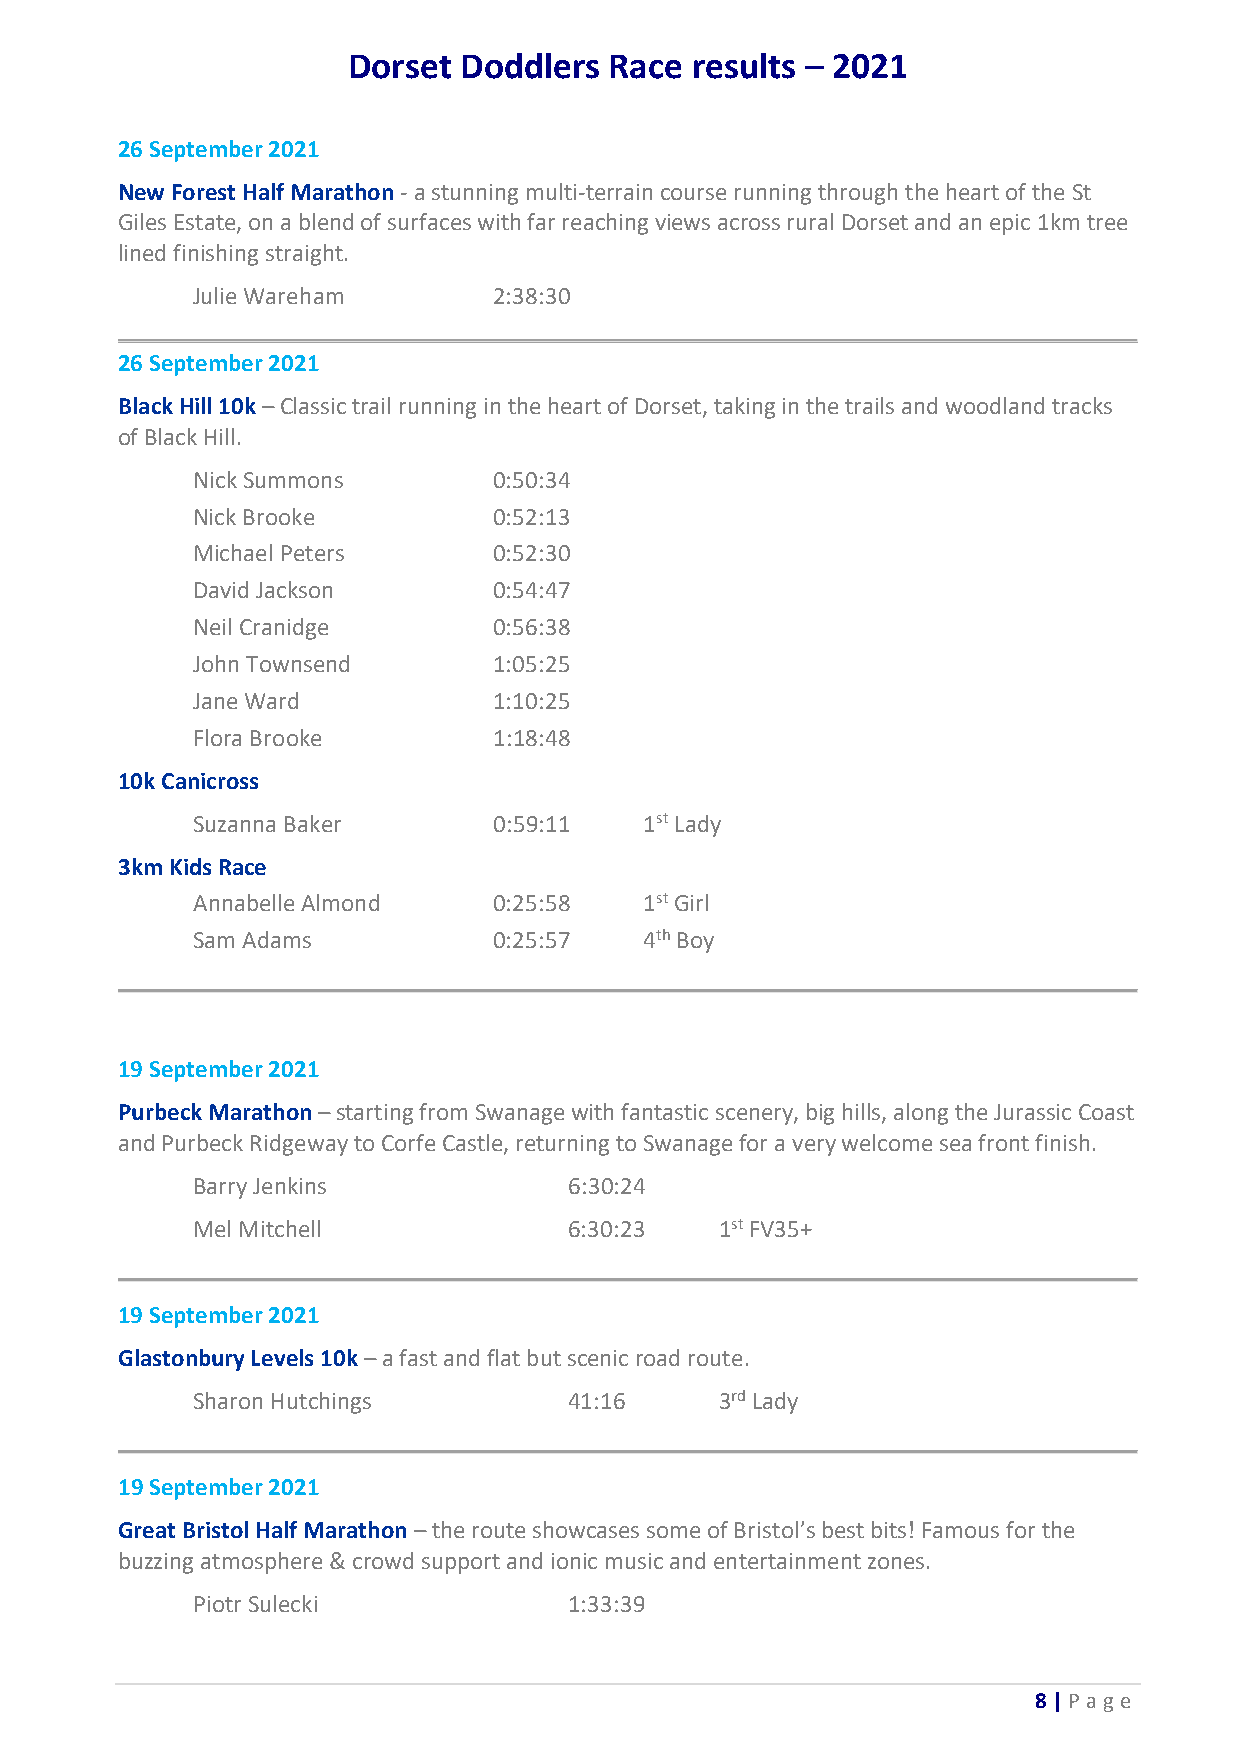
Dorset Doddlers  Race  results – 2021
 26 September 2021
 New Forest Half Marathon - a stunning multi-terrain course running through the heart of the St
 Giles Estate, on a blend of surfaces with far reaching views across rural Dorset and an epic 1km tree
 lined finishing straight.
 Julie Wareham       2:38:30
 26 September 2021
 Black Hill 10k – Classic trail running in the heart of Dorset, taking in the trails and woodland tracks
 of Black Hill.
 Nick Summons        0:50:34
 Nick Brooke         0:52:13
 Michael Peters      0:52:30
 David Jackson       0:54:47
 Neil Cranidge       0:56:38
 John Townsend       1:05:25
 Jane Ward           1:10:25
 Flora Brooke        1:18:48
 10k Canicross
 Suzanna Baker       0:59:11   1st Lady
 3km Kids Race
 Annabelle Almond    0:25:58   1st Girl
 Sam Adams           0:25:57   4th Boy
 19 September 2021
 Purbeck Marathon – starting from Swanage with fantastic scenery, big hills, along the Jurassic Coast
 and Purbeck Ridgeway to Corfe Castle, returning to Swanage for a very welcome sea front finish.
 Barry Jenkins            6:30:24
 Mel Mitchell             6:30:23   1st FV35+
 19 September 2021
 Glastonbury Levels 10k – a fast and flat but scenic road route.
 Sharon Hutchings         41:16     3rd Lady
 19 September 2021
 Great Bristol Half Marathon – the route showcases some of Bristol’s best bits! Famous for the
 buzzing atmosphere & crowd support and ionic music and entertainment zones.
 Piotr Sulecki            1:33:39
 8 | P age